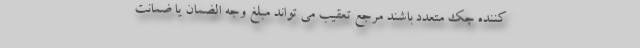
کننده چک متعدد باشند مرجع تعقیب می تواند مبلغ وجه الضمان یا ضمانت